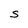
Character: S